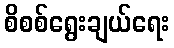
စိစစ်ရွေးချယ်ရေး